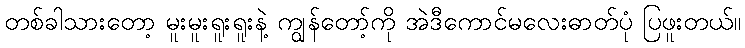
တစ်ခါသားတော့ မူးမူးရူးရူးနဲ့ ကျွန်တော့်ကို အဲဒီကောင်မလေးဓာတ်ပုံ ပြဖူးတယ်။